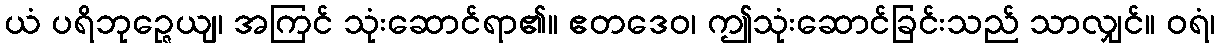
ယံ ပရိဘုဉ္ဇေယျ၊ အကြင် သုံးဆောင်ရာ၏။ ဧတဒေဝ၊ ဤသုံးဆောင်ခြင်းသည် သာလျှင်။ ဝရံ၊